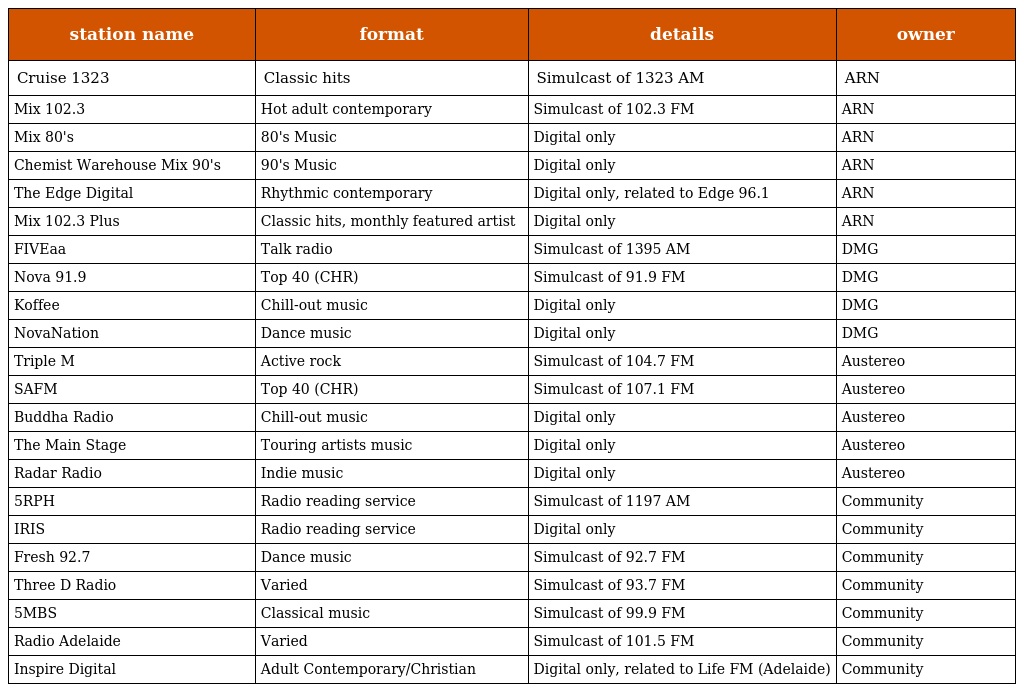
| station name | format | details | owner |
 | --- | --- | --- | --- |
 | Cruise 1323 | Classic hits | Simulcast of 1323 AM | ARN |
 | Mix 102.3 | Hot adult contemporary | Simulcast of 102.3 FM | ARN |
 | Mix 80's | 80's Music | Digital only | ARN |
 | Chemist Warehouse Mix 90's | 90's Music | Digital only | ARN |
 | The Edge Digital | Rhythmic contemporary | Digital only, related to Edge 96.1 | ARN |
 | Mix 102.3 Plus | Classic hits, monthly featured artist | Digital only | ARN |
 | FIVEaa | Talk radio | Simulcast of 1395 AM | DMG |
 | Nova 91.9 | Top 40 (CHR) | Simulcast of 91.9 FM | DMG |
 | Koffee | Chill-out music | Digital only | DMG |
 | NovaNation | Dance music | Digital only | DMG |
 | Triple M | Active rock | Simulcast of 104.7 FM | Austereo |
 | SAFM | Top 40 (CHR) | Simulcast of 107.1 FM | Austereo |
 | Buddha Radio | Chill-out music | Digital only | Austereo |
 | The Main Stage | Touring artists music | Digital only | Austereo |
 | Radar Radio | Indie music | Digital only | Austereo |
 | 5RPH | Radio reading service | Simulcast of 1197 AM | Community |
 | IRIS | Radio reading service | Digital only | Community |
 | Fresh 92.7 | Dance music | Simulcast of 92.7 FM | Community |
 | Three D Radio | Varied | Simulcast of 93.7 FM | Community |
 | 5MBS | Classical music | Simulcast of 99.9 FM | Community |
 | Radio Adelaide | Varied | Simulcast of 101.5 FM | Community |
 | Inspire Digital | Adult Contemporary/Christian | Digital only, related to Life FM (Adelaide) | Community |